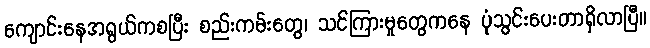
ကျောင်းနေအရွယ်ကစပြီး စည်းကမ်းတွေ၊ သင်ကြားမှုတွေကနေ ပုံသွင်းပေးတာရှိလာပြီ။